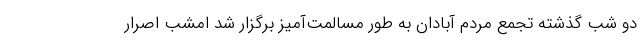
دو شب گذشته تجمع مردم آبادان به طور مسالمت‌آمیز برگزار شد امشب اصرار